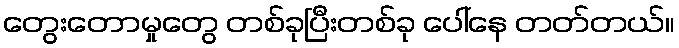
တွေးတောမှုတွေ တစ်ခုပြီးတစ်ခု ပေါ်နေ တတ်တယ်။